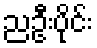
ညဦးပိုင်း